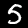
Digit: 5